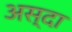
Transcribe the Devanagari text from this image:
अस्दा